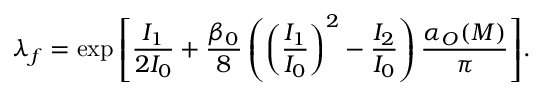
\lambda _ { f } = \exp { \left[ \frac { I _ { 1 } } { 2 I _ { 0 } } + \frac { \beta _ { 0 } } { 8 } \left( \left( \frac { I _ { 1 } } { I _ { 0 } } \right) ^ { 2 } - \frac { I _ { 2 } } { I _ { 0 } } \right) \frac { \alpha _ { O } ( M ) } { \pi } \right] } .